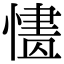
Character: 𢟸